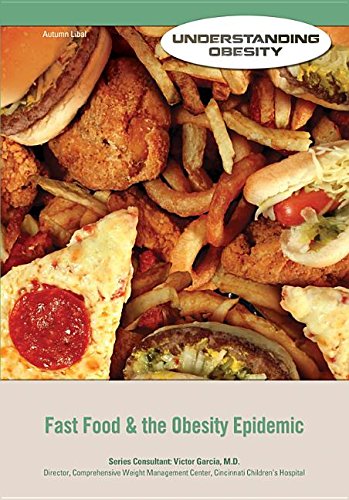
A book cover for Fast Food & the Obesity Epidemic (Understanding Obesity); Autumn Libal; Teen & Young Adult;